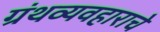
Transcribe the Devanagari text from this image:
ग्रंथव्यवहाराचे